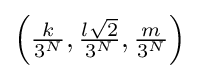
{\textstyle \left({\frac {k}{3^{N}}},{\frac {l{\sqrt {2}}}{3^{N}}},{\frac {m}{3^{N}}}\right)}